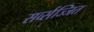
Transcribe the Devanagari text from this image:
सर्व्सज्जित